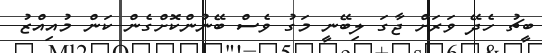
ބީޗު ހެދޭ ވަރަށް ޖާގަ ލިބޭނީ މަގު ވެސް ބޭނުންކޮށްގެން ކަން މުއިއްޒު